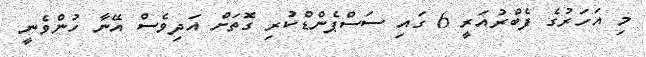
މި އަހަރުގެ ފެބްރުއަރީ 6 ގައި ސަސްޕެންޑްކުރި ގޮތަށް އަދިވެސް އޭނާ ހުންވެނީ